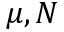
\mu , N